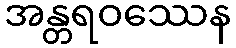
အန္တရဝဿေန